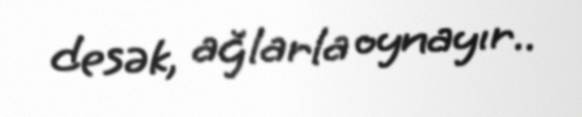
desək, ağlarla oynayır..